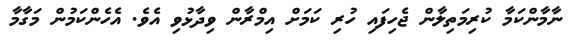
ނާމާންކަމާ ކުރިމަތިލާން ޖެހިފައި ހުރި ކަމަށް އިމްރާން ވިދާޅުވި އެވެ. އެހެންކަމުން މަގާމާ